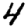
Digit: 4